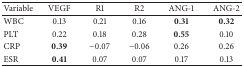
<table><thead><tr><td><b>Variable</b></td><td><b>VEGF</b></td><td><b>R1</b></td><td><b>R2</b></td><td><b>ANG-1</b></td><td><b>ANG-2</b></td></tr></thead><tbody><tr><td>WBC</td><td>0.13</td><td>0.21</td><td>0.16</td><td><b>0.31</b></td><td><b>0.32</b></td></tr><tr><td>PLT </td><td>0.22</td><td>0.18</td><td>0.28</td><td><b>0.55</b></td><td>0.10</td></tr><tr><td>CRP</td><td><b>0.39</b></td><td>−0.07</td><td>−0.06</td><td>0.26</td><td>0.26</td></tr><tr><td>ESR</td><td><b>0.41</b></td><td>0.07</td><td>0.07</td><td>0.17</td><td>0.13</td></tr></tbody></table>